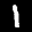
Label: 1